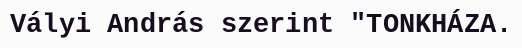
Vályi András szerint "TONKHÁZA.